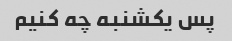
پس یکشنبه چه کنیم